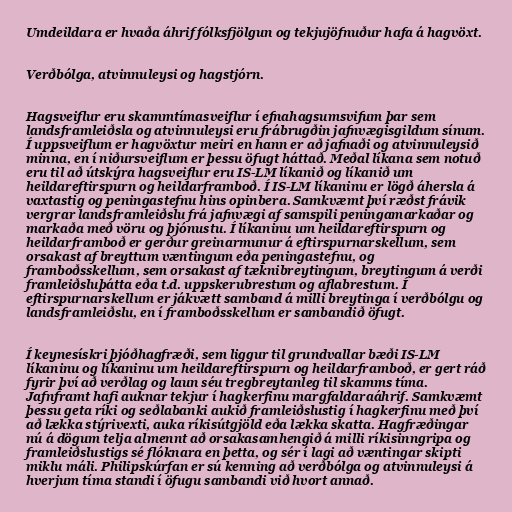
Umdeildara er hvaða áhrif fólksfjölgun og tekjujöfnuður hafa á hagvöxt.

Verðbólga, atvinnuleysi og hagstjórn.

Hagsveiflur eru skammtímasveiflur í efnahagsumsvifum þar sem
landsframleiðsla og atvinnuleysi eru frábrugðin jafnvægisgildum sínum.
Í uppsveiflum er hagvöxtur meiri en hann er að jafnaði og atvinnuleysið
minna, en í niðursveiflum er þessu öfugt háttað. Meðal líkana sem notuð
eru til að útskýra hagsveiflur eru IS-LM líkanið og líkanið um
heildareftirspurn og heildarframboð. Í IS-LM líkaninu er lögð áhersla á
vaxtastig og peningastefnu hins opinbera. Samkvæmt því ræðst frávik
vergrar landsframleiðslu frá jafnvægi af samspili peningamarkaðar og
markaða með vöru og þjónustu. Í líkaninu um heildareftirspurn og
heildarframboð er gerður greinarmunur á eftirspurnarskellum, sem
orsakast af breyttum væntingum eða peningastefnu, og
framboðsskellum, sem orsakast af tæknibreytingum, breytingum á verði
framleiðsluþátta eða t.d. uppskerubrestum og aflabrestum. Í
eftirspurnarskellum er jákvætt samband á milli breytinga í verðbólgu og
landsframleiðslu, en í framboðsskellum er sambandið öfugt.

Í keynesískri þjóðhagfræði, sem liggur til grundvallar bæði IS-LM
líkaninu og líkaninu um heildareftirspurn og heildarframboð, er gert ráð
fyrir því að verðlag og laun séu tregbreytanleg til skamms tíma.
Jafnframt hafi auknar tekjur í hagkerfinu margfaldaraáhrif. Samkvæmt
þessu geta ríki og seðlabanki aukið framleiðslustig í hagkerfinu með því
að lækka stýrivexti, auka ríkisútgjöld eða lækka skatta. Hagfræðingar
nú á dögum telja almennt að orsakasamhengið á milli ríkisinngripa og
framleiðslustigs sé flóknara en þetta, og sér í lagi að væntingar skipti
miklu máli. Philipskúrfan er sú kenning að verðbólga og atvinnuleysi á
hverjum tíma standi í öfugu sambandi við hvort annað.